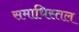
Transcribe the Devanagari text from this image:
समाधिस्तल